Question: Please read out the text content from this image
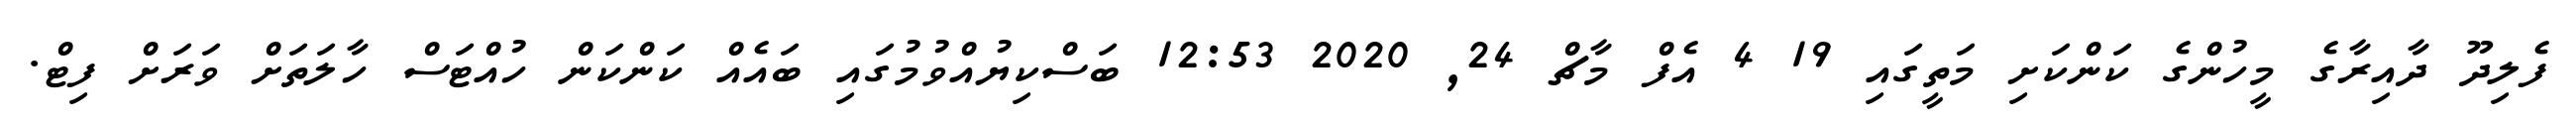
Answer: ފެލިދޫ ދާއިރާގެ މީހުންގެ ކަންކަށި މަތީގައި 19 4 އެފް މާޗް 24, 2020 12:53 ބަސްކިޔުއްވުމުގައި ބައެއް ކަންކަން ހުއްޓަސް ހާލަތަށް ވަރަށް ފިޓް.